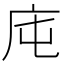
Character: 庉